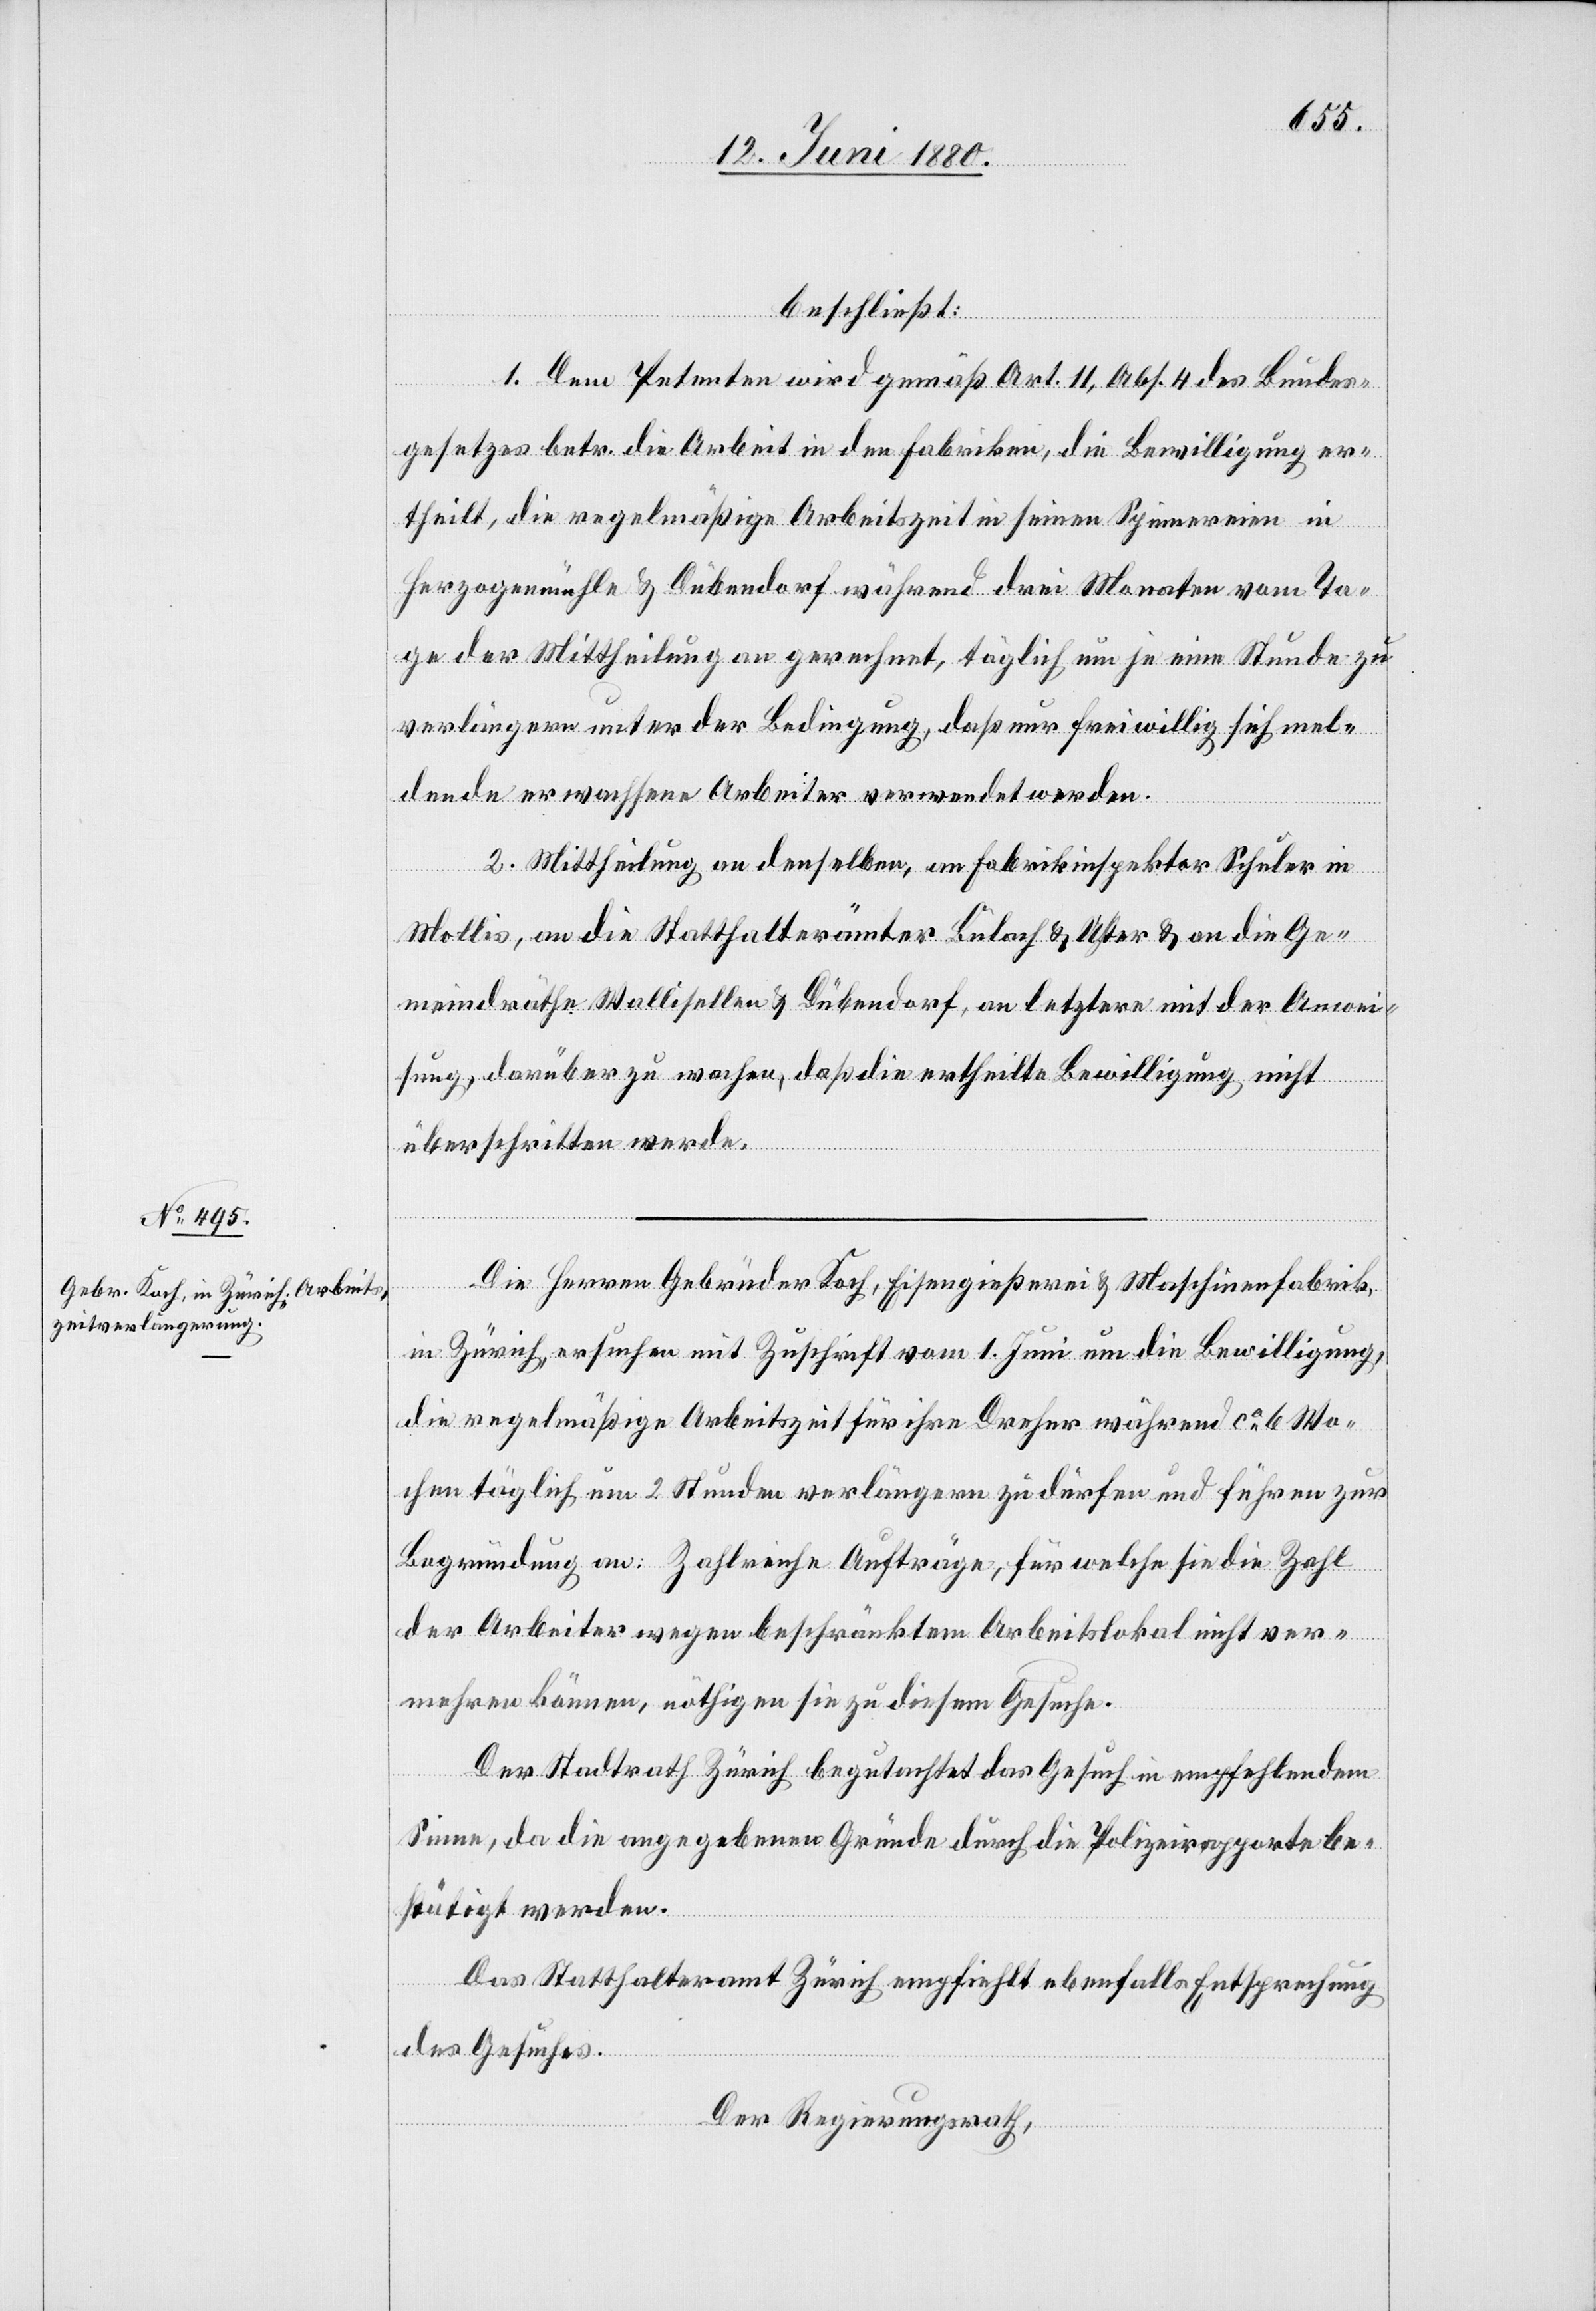
beschließt:
1. Dem Petenten wird gemäß Art. 11, Abs. 4 des Bundes¬
gesetzes betr. die Arbeit in den Fabriken die Bewilligung er¬
theilt, die regelmäßige Arbeitszeit in seinen Spinnereien in
Herzogenmühle & Dübendorf während drei Monaten vom Ta¬
ge der Mittheilung an gerechnet, täglich um je eine Stunde zu
verlängern unter der Bedingung, daß nur freiwillig sich mel¬
dende erwachsene Arbeiter verwendet werden.
2. Mittheilung an denselben, an Fabrikinspektor Schuler in
Mollis, an die Statthalterämter Bülach & Uster & an die Ge¬
meindräthe Wallisellen & Dübendorf, an letztere mit der Anwei¬
sung, darüber zu wachen, daß die ertheilte Bewilligung nicht
überschritten werde.
Die Herren Gebrüder Koch, Eisengießerei & Maschinenfabrik
in Zürich, ersuchen mit Zuschrift vom 1. Juni um die Bewilligung,
die regelmäßige Arbeitszeit für ihre Dreher während ca 6 Wo¬
chen täglich um 2 Stunden verlängern zu dürfen und führen zur
Begründung an: Zahlreiche Aufträge, für welche sie die Zahl
der Arbeiter wegen beschränktem Arbeitslokal nicht ver¬
mehren können, nöthigen sie zu diesem Gesuche.
Der Stadtrath Zürich begutachtet das Gesuch in empfehlendem
Sinne, da die angegebenen Gründe durch die Polizeirapporte be¬
stätigt werden.
Das Statthalteramt Zürich empfiehlt ebenfalls Entsprechung
des Gesuches.
Der Regierungsrath,